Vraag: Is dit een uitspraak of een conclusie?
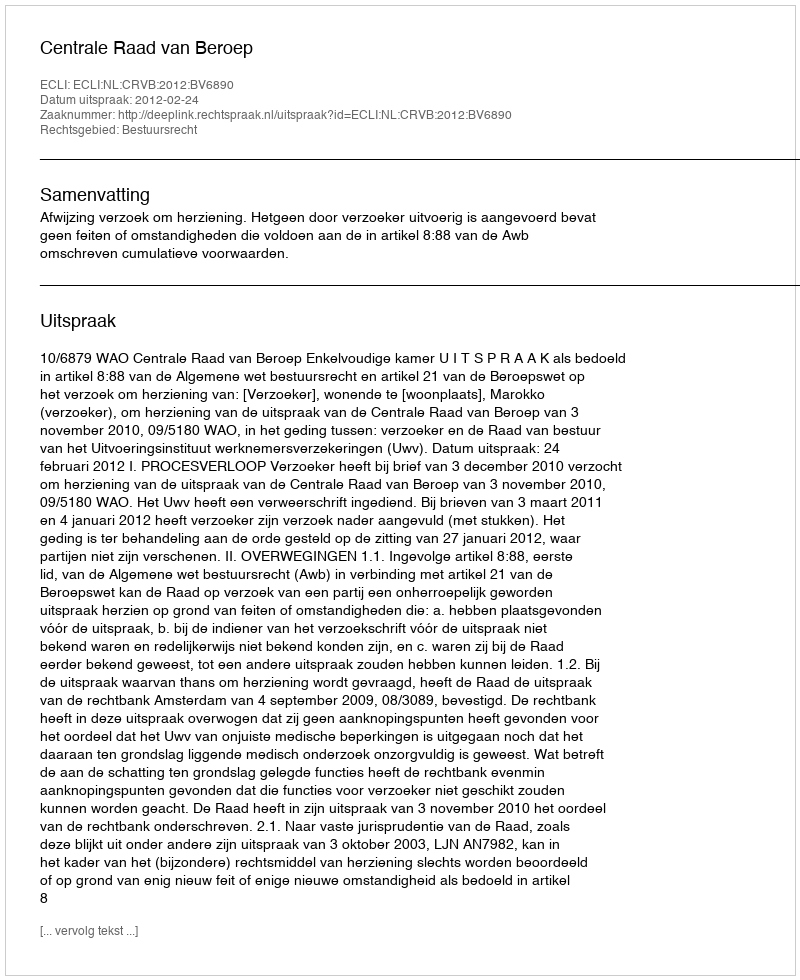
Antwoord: Uitspraak